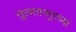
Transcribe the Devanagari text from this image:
सुलतानपुरच्या